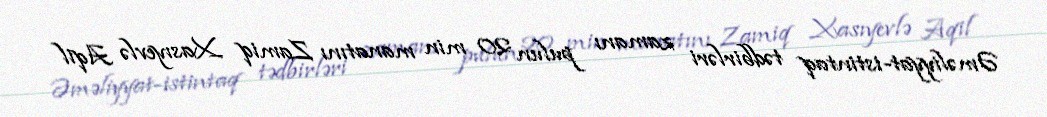
Əməliyyat-istintaq tədbirləri zamanı pulun 20 min manatını Zamiq Xasıyevlə Aqil